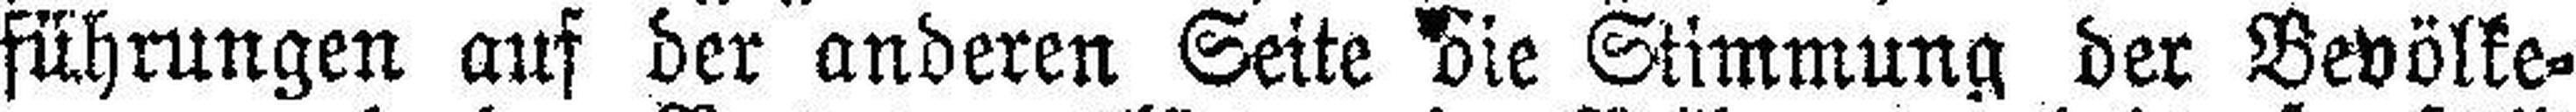
führungen auf der anderen Seite die Stimmung der Bevölke¬